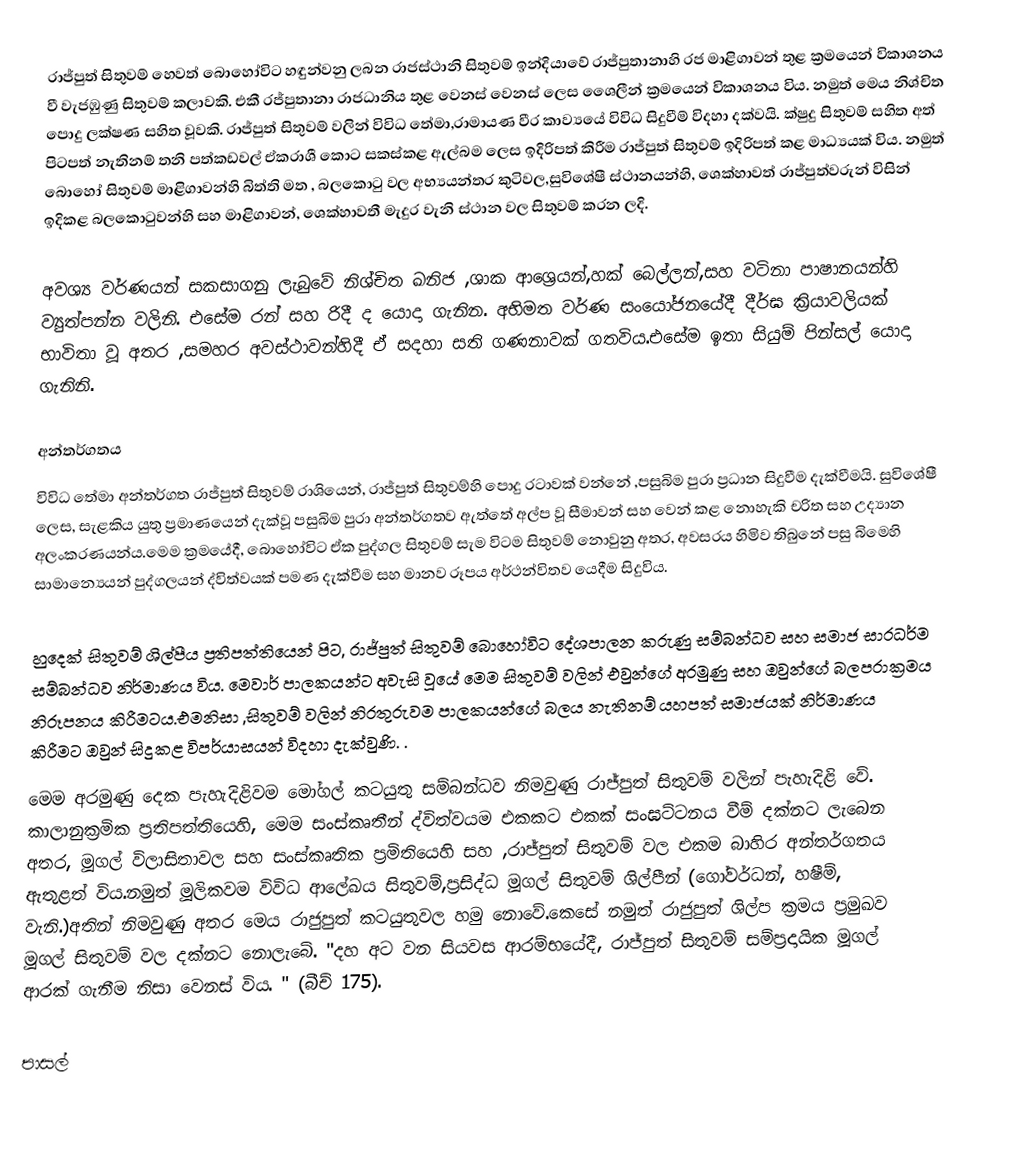
රාජ්පුත් සිතුවම් හෙවත් බොහෝවිට හඳුන්වනු ලබන රාජස්ථානි සිතුවම් ඉන්දියාවේ රාජ්පුතානාහි රජ මාළිගාවන් තුළ ක්‍රමයෙන් විකාශනය වී වැජඹුණු සිතුවම් කලාවකි. එකී රජ්පුතානා රාජධානිය තුළ වෙනස් වෙනස් ලෙස ශෛලීන් ක්‍රමයෙන් විකාශනය විය. නමුත් මෙය නිශ්චිත පොදු ලක්ෂණ සහිත වූවකි. රාජ්පුත් සිතුවම් වලින් විවිධ තේමා,රාමායණ වීර කාව්‍යයේ විවිධ සිදුවීම් විදහා දක්වයි. ක්ෂුදු සිතුවම් සහිත   අත් පිටපත් නැතිනම් තනි පත්කඩවල් ඒකරාශී කොට සකස්කළ ඇල්බම ලෙස ඉදිරිපත් කිරීම රාජ්පුත් සිතුවම් ඉදිරිපත් කළ මාධ්‍යයක් විය. නමුත් බොහෝ සිතුවම් මාළිගාවන්හි බිත්ති මත , බලකොටු වල අභ්‍යයන්තර කුටිවල,සුවිශේෂී ස්ථානයන්හි, ශෙක්හාවත් රාජ්පුත්වරුන් විසින් ඉදිකළ බලකොටුවන්හි සහ මාළිගාවන්, ශෙක්හාවතී මැදුර වැනි ස්ථාන වල සිතුවම් කරන ලදි.

අවශ්‍ය වර්ණයන් සකසාගනු ලැබුවේ නිශ්චිත ඛනිජ ,ශාක ආශ්‍රෙයන්,හක් බෙල්ලන්,සහ වටිනා පාෂානයන්හි ව්‍යුත්පන්න වලිනි. එසේම රන් සහ රිදී ද යොදා ගැනින. අභිමත වර්ණ සංයෝජනයේදී දීර්ඝ ක්‍රියාවලියක් භාවිතා වූ අතර ,සමහර අවස්ථාවන්හිදී ඒ සදහා සති ගණනාවක් ගතවිය.එසේම ඉතා සියුම් පින්සල් යොදා ගැනිනි.

අන්තර්ගතය
විවිධ තේමා අන්තර්ගත රාජ්පුත් සිතුවම් රාශියෙන්, රාජ්පුත් සිතුවම්හි පොදු රටාවක් වන්නේ ,පසුබිම පුරා ප්‍රධාන සිදුවීම දැක්වීමයි. සුවිශේෂී ලෙස, සැළකිය යුතු ප්‍රමාණයෙන් දැක්වූ පසුබිම පුරා අන්තර්ගතව ඇත්තේ අල්ප වූ සීමාවන් සහ වෙන් කළ නොහැකි චරිත සහ උද්‍යාන අලංකරණයන්ය.මෙම ක්‍රමයේදී, බොහෝවිට ඒක පුද්ගල සිතුවම් සැම විටම සිතුවම් නොවුනු අතර, අවසරය හිමිව තිබුනේ පසු බිමෙහි සාමාන්‍යෙයන් පුද්ගලයන් ද්විත්වයක් පමණ දැක්වීම සහ   මානව රූපය අර්ථන්විතව යෙදීම සිදුවිය.

හුදෙක් සිතුවම් ශිල්පීය ප්‍රතිපත්තියෙන් පිට, රාජ්පුත් සිතුවම් බොහෝවිට දේශපාලන  කරුණු සම්බන්ධව සහ සමාජ සාරධර්ම සම්බන්ධව නිර්මාණය විය. මෙවාර් පාලකයන්ට අවැසි වූයේ මෙම සිතුවම් වලින් එවුන්ගේ අරමුණු සහ ඔවුන්ගේ  බලපරාක්‍රමය නිරූපනය කිරීමටය.එමනිසා ,සිතුවම් වලින් නිරතුරුවම පාලකයන්ගේ බලය නැතිනම් යහපත් සමාජයක් නිර්මාණය කිරීමට ඔවුන් සිදුකළ විපර්යාසයන් විදහා දැක්වුණි.  .
මෙම අරමුණු දෙක පැහැදිළිවම මෝගල් කටයුතු සම්බන්ධව නිමවුණු රාජ්පුත් සිතුවම් වලින් පැහැදිළි වේ. කාලානුක්‍රමික ප්‍රතිපත්තියෙහි, මෙම සංස්කෘතීන් ද්විත්වයම එකකට එකක් සංඝට්ටනය වීම් දක්නට ලැබෙන අතර, මූගල් විලාසිතාවල සහ සංස්කෘතික ප්‍රමිතියෙහි සහ  ,රාජ්පුත් සිතුවම් වල එකම බාහිර අන්තර්ගතය ඇතුළත් විය.නමුත් මූලිකවම  විවිධ ආලේඛය සිතුවම්,ප්‍රසිද්ධ මූගල් සිතුවම් ශිල්පීන් (ගෝවර්ධන්, හෂීම්, වැනි.)අතින් නිමවුණු අතර මෙය රාජුපුත් කටයුතුවල හමු නොවේ.කෙසේ නමුත් රාජුපුත් ශිල්ප ක්‍රමය ප්‍රමුඛව  මූගල් සිතුවම් වල දක්නට නොලැබේ. "දහ අට වන සියවස ආරම්භයේදී, රාජ්පුත් සිතුවම් සම්ප්‍රදායික මූගල් ආරක් ගැනීම නිසා වෙනස් විය. " (බීච් 175).

පාසල්